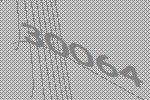
30064